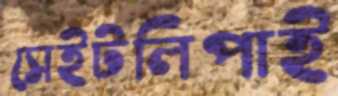
সেইটলিপাই